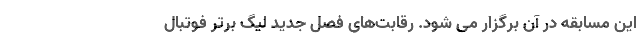
این مسابقه در آن برگزار می شود. رقابت‌های فصل جدید لیگ برتر فوتبال